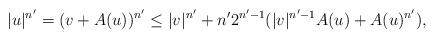
LaTeX: \begin{align*}|u|^{n'}=(v+A(u))^{n'}\leq|v|^{n'}+n'2^{n'-1}(|v|^{n'-1}A(u)+A(u)^{n'}),\end{align*}